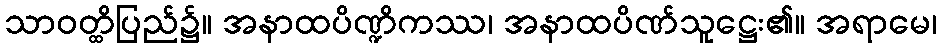
သာဝတ္ထိပြည်၌။ အနာထပိဏ္ဍိကဿ၊ အနာထပိဏ်သူဋ္ဌေး၏။ အရာမေ၊